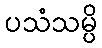
ပသံသမ္ပိ